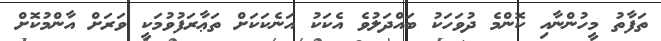
ތަފާތު މީހުންނާއި ކޮންމެ ދުވަހަކު ބައްދަލުވެ އެކަކު އަނެކަކަށް ތަޢާރަފުވުމަކީ ވަރަށް އާންމުކޮށް